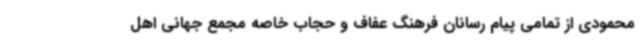
محمودی از تمامی پیام رسانان فرهنگ عفاف و حجاب خاصه مجمع جهانی اهل